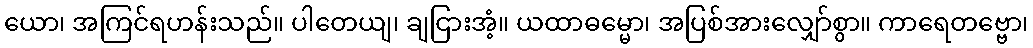
ယော၊ အကြင်ရဟန်းသည်။ ပါတေယျ၊ ချငြားအံ့။ ယထာဓမ္မော၊ အပြစ်အားလျှော်စွာ။ ကာရေတဗ္ဗော၊